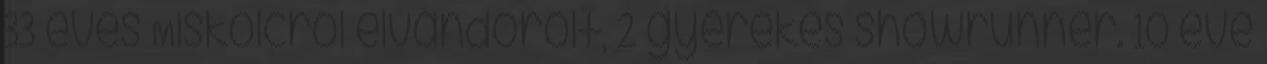
33 éves Miskolcról elvándorolt, 2 gyerekes showrunner. 10 éve